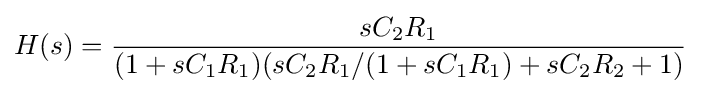
H(s)={\frac {sC_{2}R_{1}}{(1+sC_{1}R_{1})(sC_{2}R_{1}/(1+sC_{1}R_{1})+sC_{2}R_{2}+1)}}